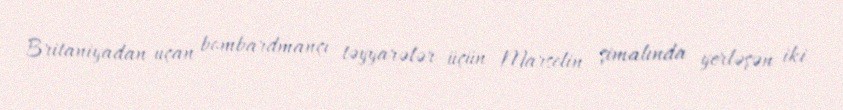
Britaniyadan uçan bombardmançı təyyarələr üçün Marselin şimalında yerləşən iki